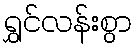
ရွှင်လန်းစွာ